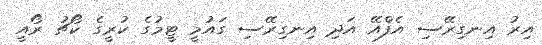
އިރު އިނގިރޭސި އެފްއޭ އަދި އިނގިރޭސި ގައުމީ ޓީމުގެ ކުރީގެ ކޯޗު ރޯއީ